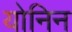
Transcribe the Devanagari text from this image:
योनिन